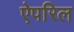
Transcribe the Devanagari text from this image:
ऐपरिल